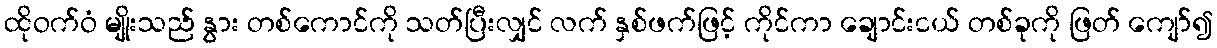
ထိုဝက်ဝံ မျိုးသည် နွား တစ်ကောင်ကို သတ်ပြီးလျှင် လက် နှစ်ဖက်ဖြင့် ကိုင်ကာ ချောင်းငယ် တစ်ခုကို ဖြတ် ကျော်၍